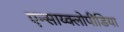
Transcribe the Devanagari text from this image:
एन्साय्क्लोपीडिया